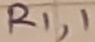
Text: R1,1